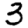
Digit: 3